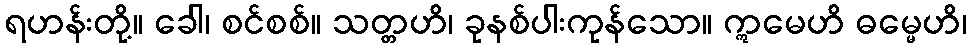
ရဟန်းတို့။ ခေါ၊ စင်စစ်။ သတ္တဟိ၊ ခုနစ်ပါးကုန်သော။ ဣမေဟိ ဓမ္မေဟိ၊